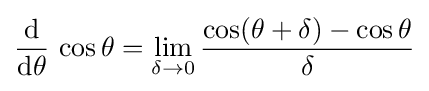
{\frac {\operatorname {d} }{\operatorname {d} \!\theta }}\,\cos \theta =\lim _{\delta \to 0}{\frac {\cos(\theta +\delta )-\cos \theta }{\delta }}